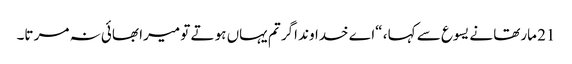
21 مارتھا نے یسوع سے کہا ، “اے خداوند اگر تم یہاں ہو تے تو میرا بھائی نہ مر تا۔